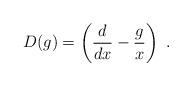
LaTeX: \begin{align*}D(g)=\left(\frac{d}{dx}-\frac{g}{x}\right)~.\end{align*}